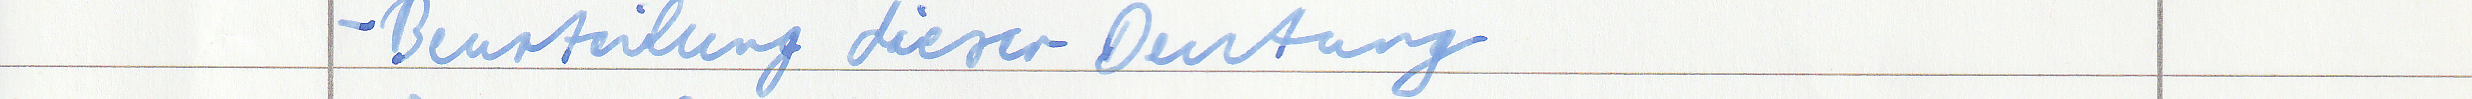
- Beurteilung dieser Deutung